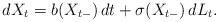
LaTeX: \begin{align*}dX_t = b(X_{t-}) \, dt + \sigma(X_{t-}) \, dL_t. \end{align*}